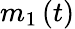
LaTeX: m_{1}\left(t\right)